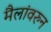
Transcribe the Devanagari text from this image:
मैलांवरुन